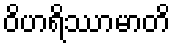
ဝိဟရိဿာမာတိ